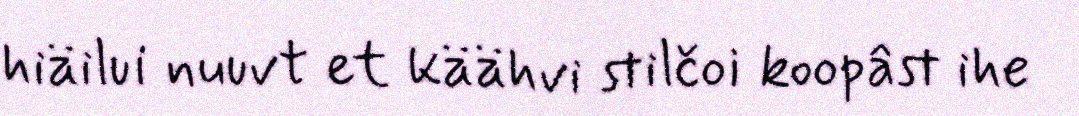
hiäilui nuuvt et käähvi stilčoi koopâst ihe